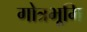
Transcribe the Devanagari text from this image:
गोत्रभूमि